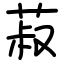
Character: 菽